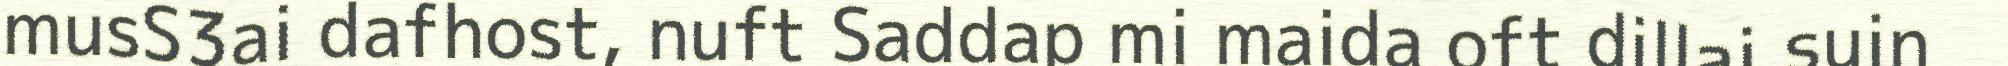
musS3ai dafhost, nuft Saddap mi maida oft dillai suin